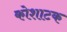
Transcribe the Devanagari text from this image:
कोशाटक